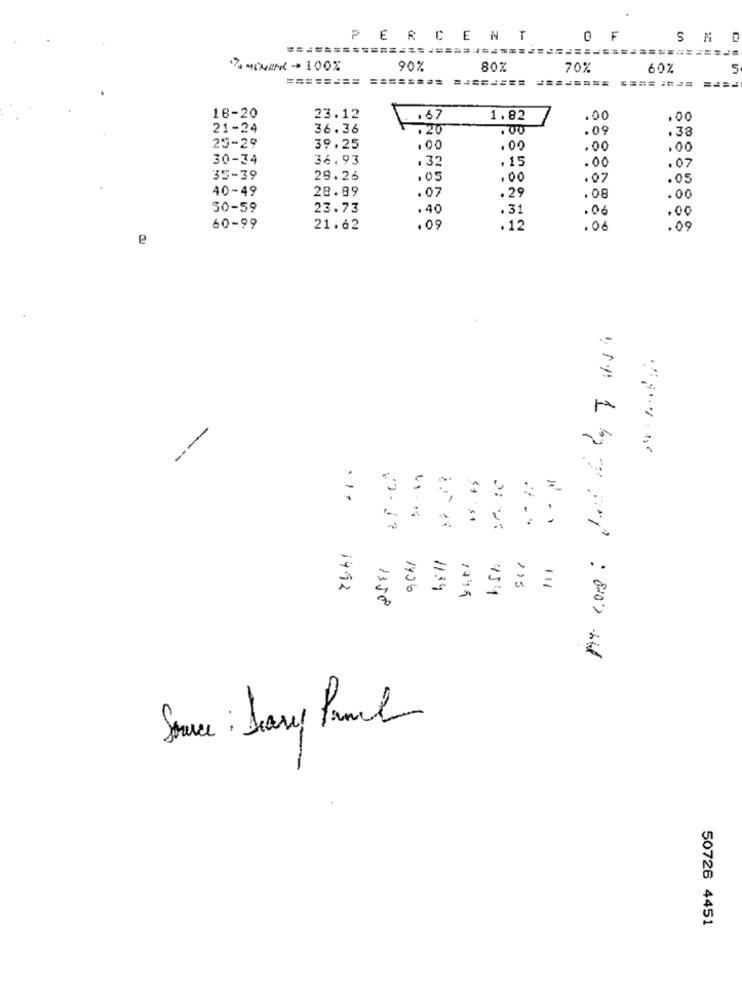
PERCENT
0 F
S M
D
170 MENINC - 100%
90%
80%
70%
60%
5
========
========
========
18-20
23.12
.67
1.82
.00
.00
21-24
36.36
. 20
.00
.09
.38
25-29
39.25
.00
.00
.00
.00
30-34
36.93
. 32
.15
. 07
.00
35-39
29.26
.05
.00
.07
.05
40-49
28.89
.07
.29
.08
.00
50-59
23.73
.40
.31
.06
.00
60-99
21.62
.09
. 12
.06
.09
e
--
1492
1426
11:34
154
1358
Source : Sary Punch
50726 4451